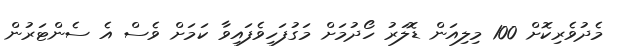
މެދުވެރިކޮށް 100 މިލިއަން ޑޮލަރު ހޯދުމަށް މަގުފަހިވެފައިވާ ކަމަށް ވެސް އެ ސެންޓަރުން